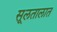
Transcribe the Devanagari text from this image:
सूलतालात